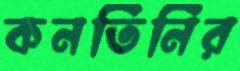
কনতিনির